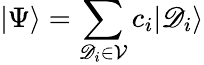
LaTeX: |\Psi\rangle=\sum_{\mathscr{D}_{i}\in\mathcal{{V}}}c_{i}|\mathscr{D}_{i}\rangle